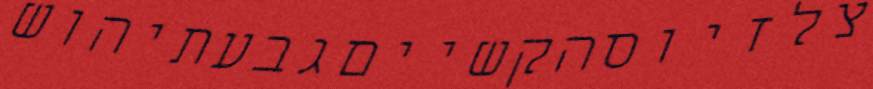
צלזיוסהקשייםגבעתיהוש